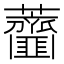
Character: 𧅱